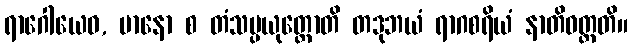
ရာဂေါယေဝ, မာနော စ တံသမ္ပယုတ္တောတိ တဒုဘယံ ရာဂစရိယံ နာတိဝတ္တတိ။